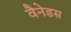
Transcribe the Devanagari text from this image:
वैनेडस